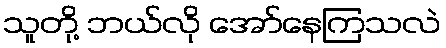
သူတို့ ဘယ်လို အော်နေကြသလဲ